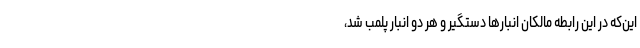
این‌که در این رابطه مالکان انبارها دستگیر و هر دو انبار پلمب شد،